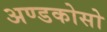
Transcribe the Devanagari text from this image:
अण्डकोसो